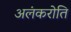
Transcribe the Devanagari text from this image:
अलंकरोति